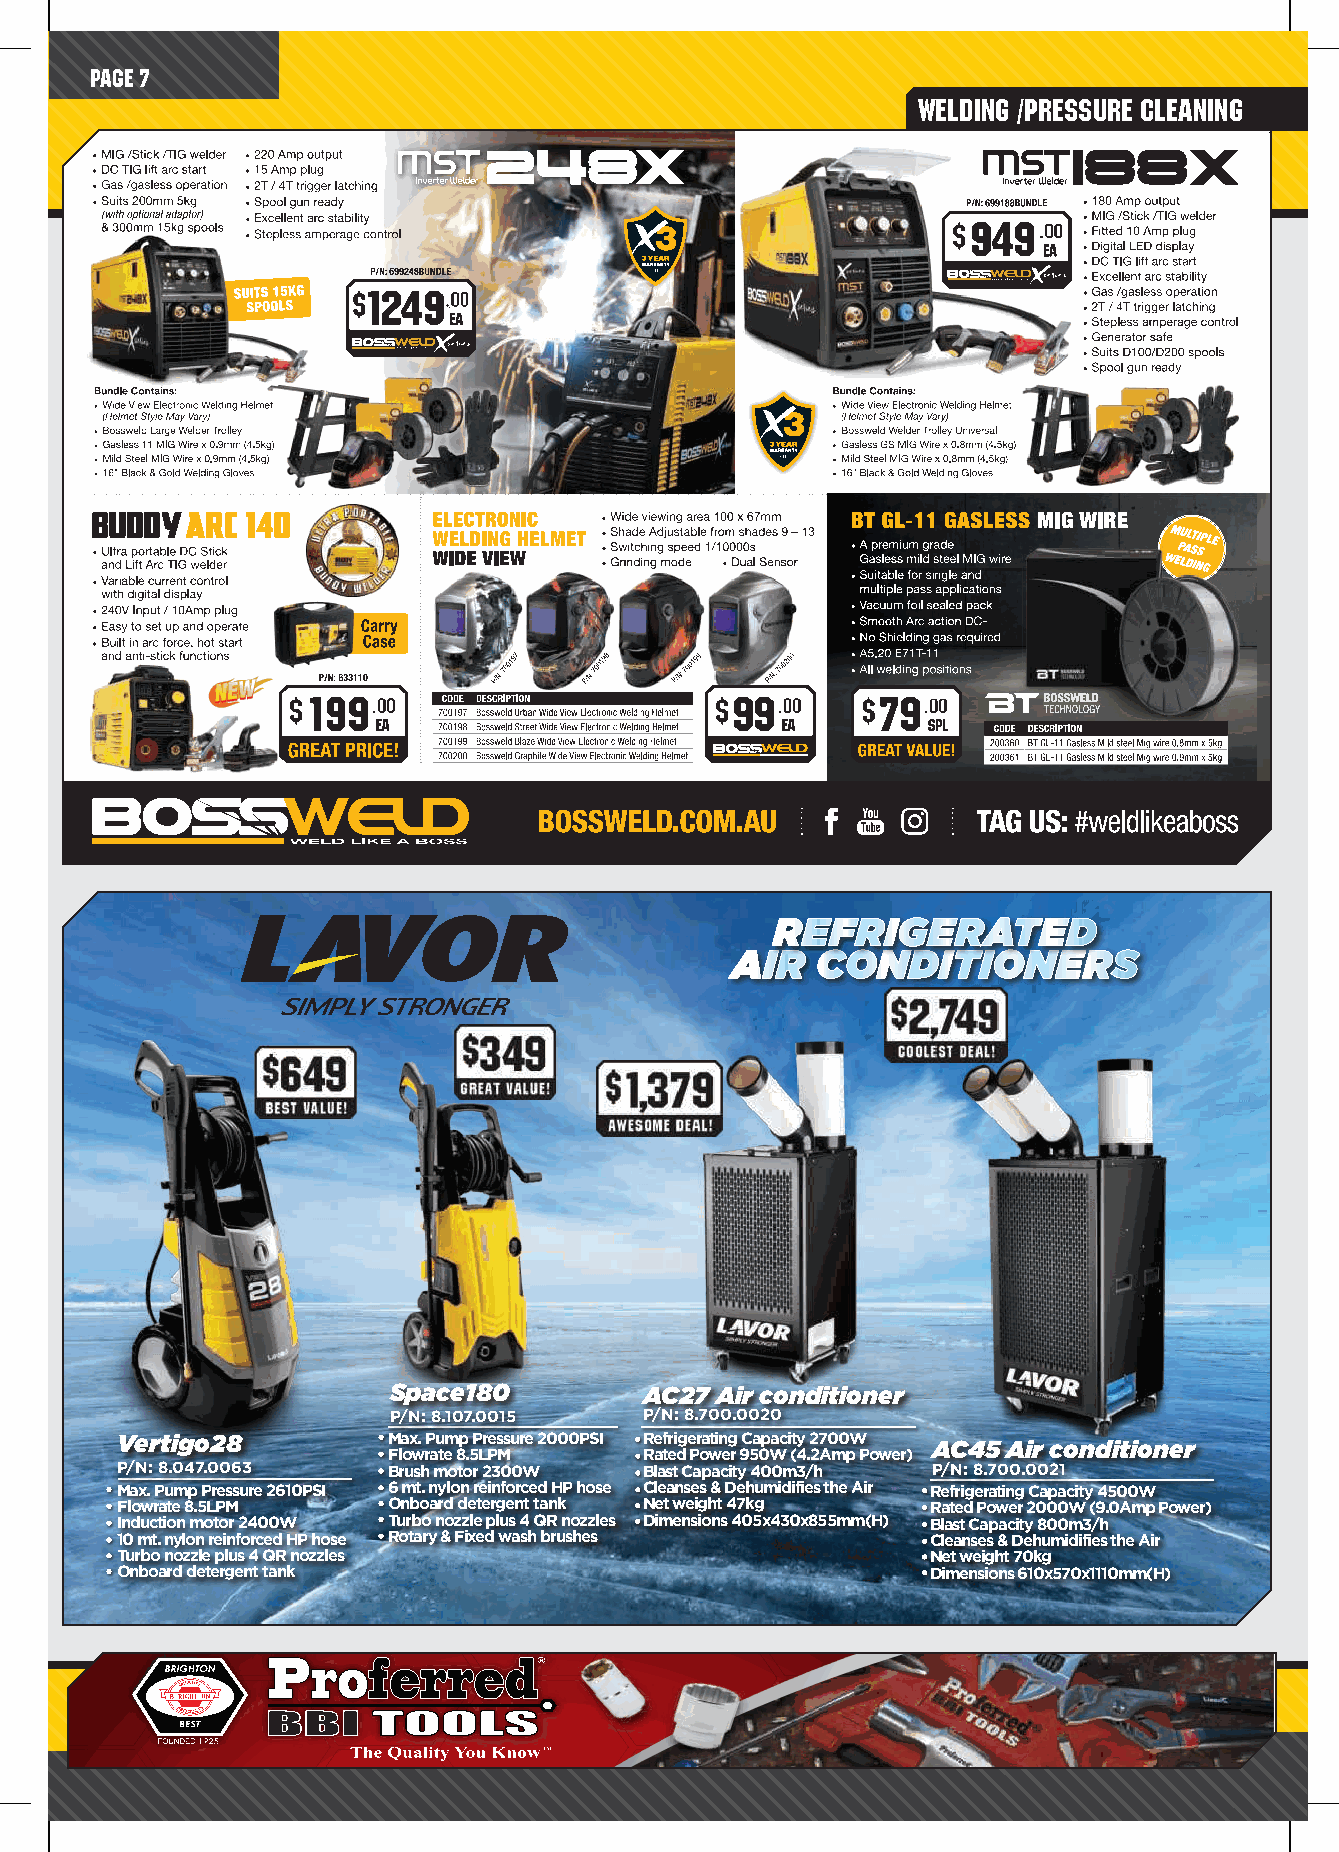
PAGE 7
 Welding /Pressure Cleaning
 Space180         AC27 Air conditioner
 P/N: 8.107.0015  P/N: 8.700.0020
 Vertigo28         Max. Pump Pressure 2000PSI Refrigerating Capacity 2700W AC45 Air conditioner
 Flowrate 8.5LPM  Rated Power 950W (4.2Amp Power)
 P/N: 8.047.0063   Brush motor 2300W Blast Capacity 400m3/h P/N: 8.700.0021
 Max. Pump Pressure 2610PSI 6 mt. nylon reinforced HP hose Cleanses & Dehumidifies the Air Refrigerating Capacity 4500W
 Flowrate 8.5LPM   Onboard detergent tank Net weight 47kg Rated Power 2000W (9.0Amp Power)
 Induction motor 2400W Turbo nozzle plus 4 QR nozzles Dimensions 405x430x855mm(H) Blast Capacity 800m3/h
 10 mt. nylon reinforced HP hose Rotary & Fixed wash brushes Cleanses & Dehumidifies the Air
 Turbo nozzle plus 4 QR nozzles                        Net weight 70kg
 Onboard detergent tank                                Dimensions 610x570x1110mm(H)
 Freight Charges may apply